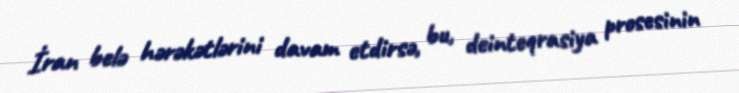
İran belə hərəkətlərini davam etdirsə, bu, deinteqrasiya prosesinin